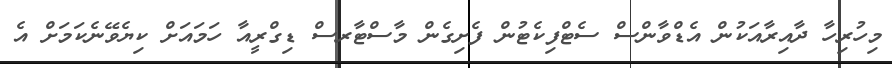
މިހުރިހާ ދާއިރާއަކުން އެޑްވާންސް ސެޓްފިކެޓުން ފެށިގެން މާސްޓާރސް ޑިގްރީއާ ހަމައަށް ކިޔެވޭނެކަމަށް އެ